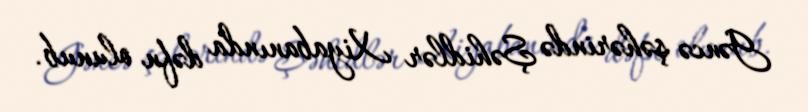
Gəncə şəhərində Şəhidlər Xiyabanında dəfn olunub.